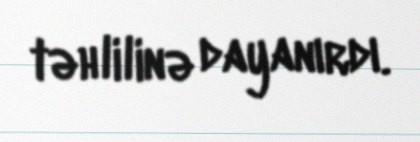
təhlilinə dayanırdı.